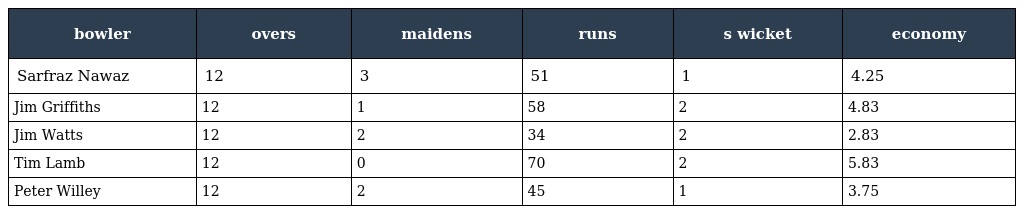
| bowler | overs | maidens | runs | s wicket | economy |
 | --- | --- | --- | --- | --- | --- |
 | Sarfraz Nawaz | 12 | 3 | 51 | 1 | 4.25 |
 | Jim Griffiths | 12 | 1 | 58 | 2 | 4.83 |
 | Jim Watts | 12 | 2 | 34 | 2 | 2.83 |
 | Tim Lamb | 12 | 0 | 70 | 2 | 5.83 |
 | Peter Willey | 12 | 2 | 45 | 1 | 3.75 |